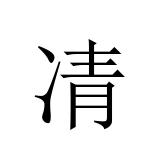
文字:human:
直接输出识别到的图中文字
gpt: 凊